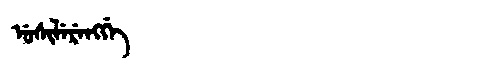
Manchu: ᡠᠰᡳᠯᡝᡵᡝᠩᡤᡝ
Romanization: USILERENGGE